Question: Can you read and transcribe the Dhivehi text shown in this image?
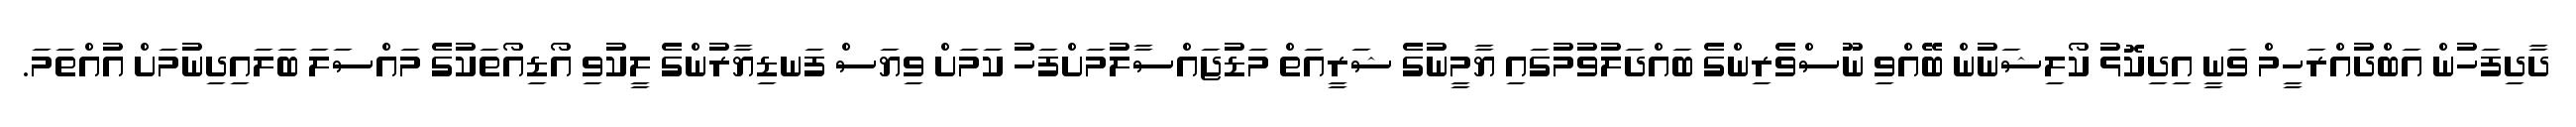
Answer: ދާދިފަހުން އަބްދުއްރަހީމް ވަނީ އިދިކޮޅު ކޯލިޝަނުން ބޭއްވި ނޫސްވެރިންގެ ބައްދަލުވުމުގައި ޔާމީނުގެ ޝަރީއަތް މަޑުޖައްސާލުމަށްފަހު ކަމަށް ވިޔަސް ފަނޑިޔާރުންގެ ލީކުވި އޯޑިއޯތަކުގެ މައްސަލަ ބަލައިދިނުމަށް އުއްތަމަ.